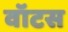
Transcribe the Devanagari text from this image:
वॉटस